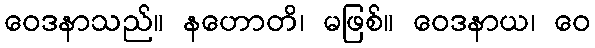
ဝေဒနာသည်။ နဟောတိ၊ မဖြစ်။ ဝေဒနာယ၊ ဝေ